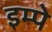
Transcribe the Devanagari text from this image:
इम्पे